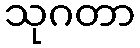
သုဂတာ